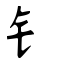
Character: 钅